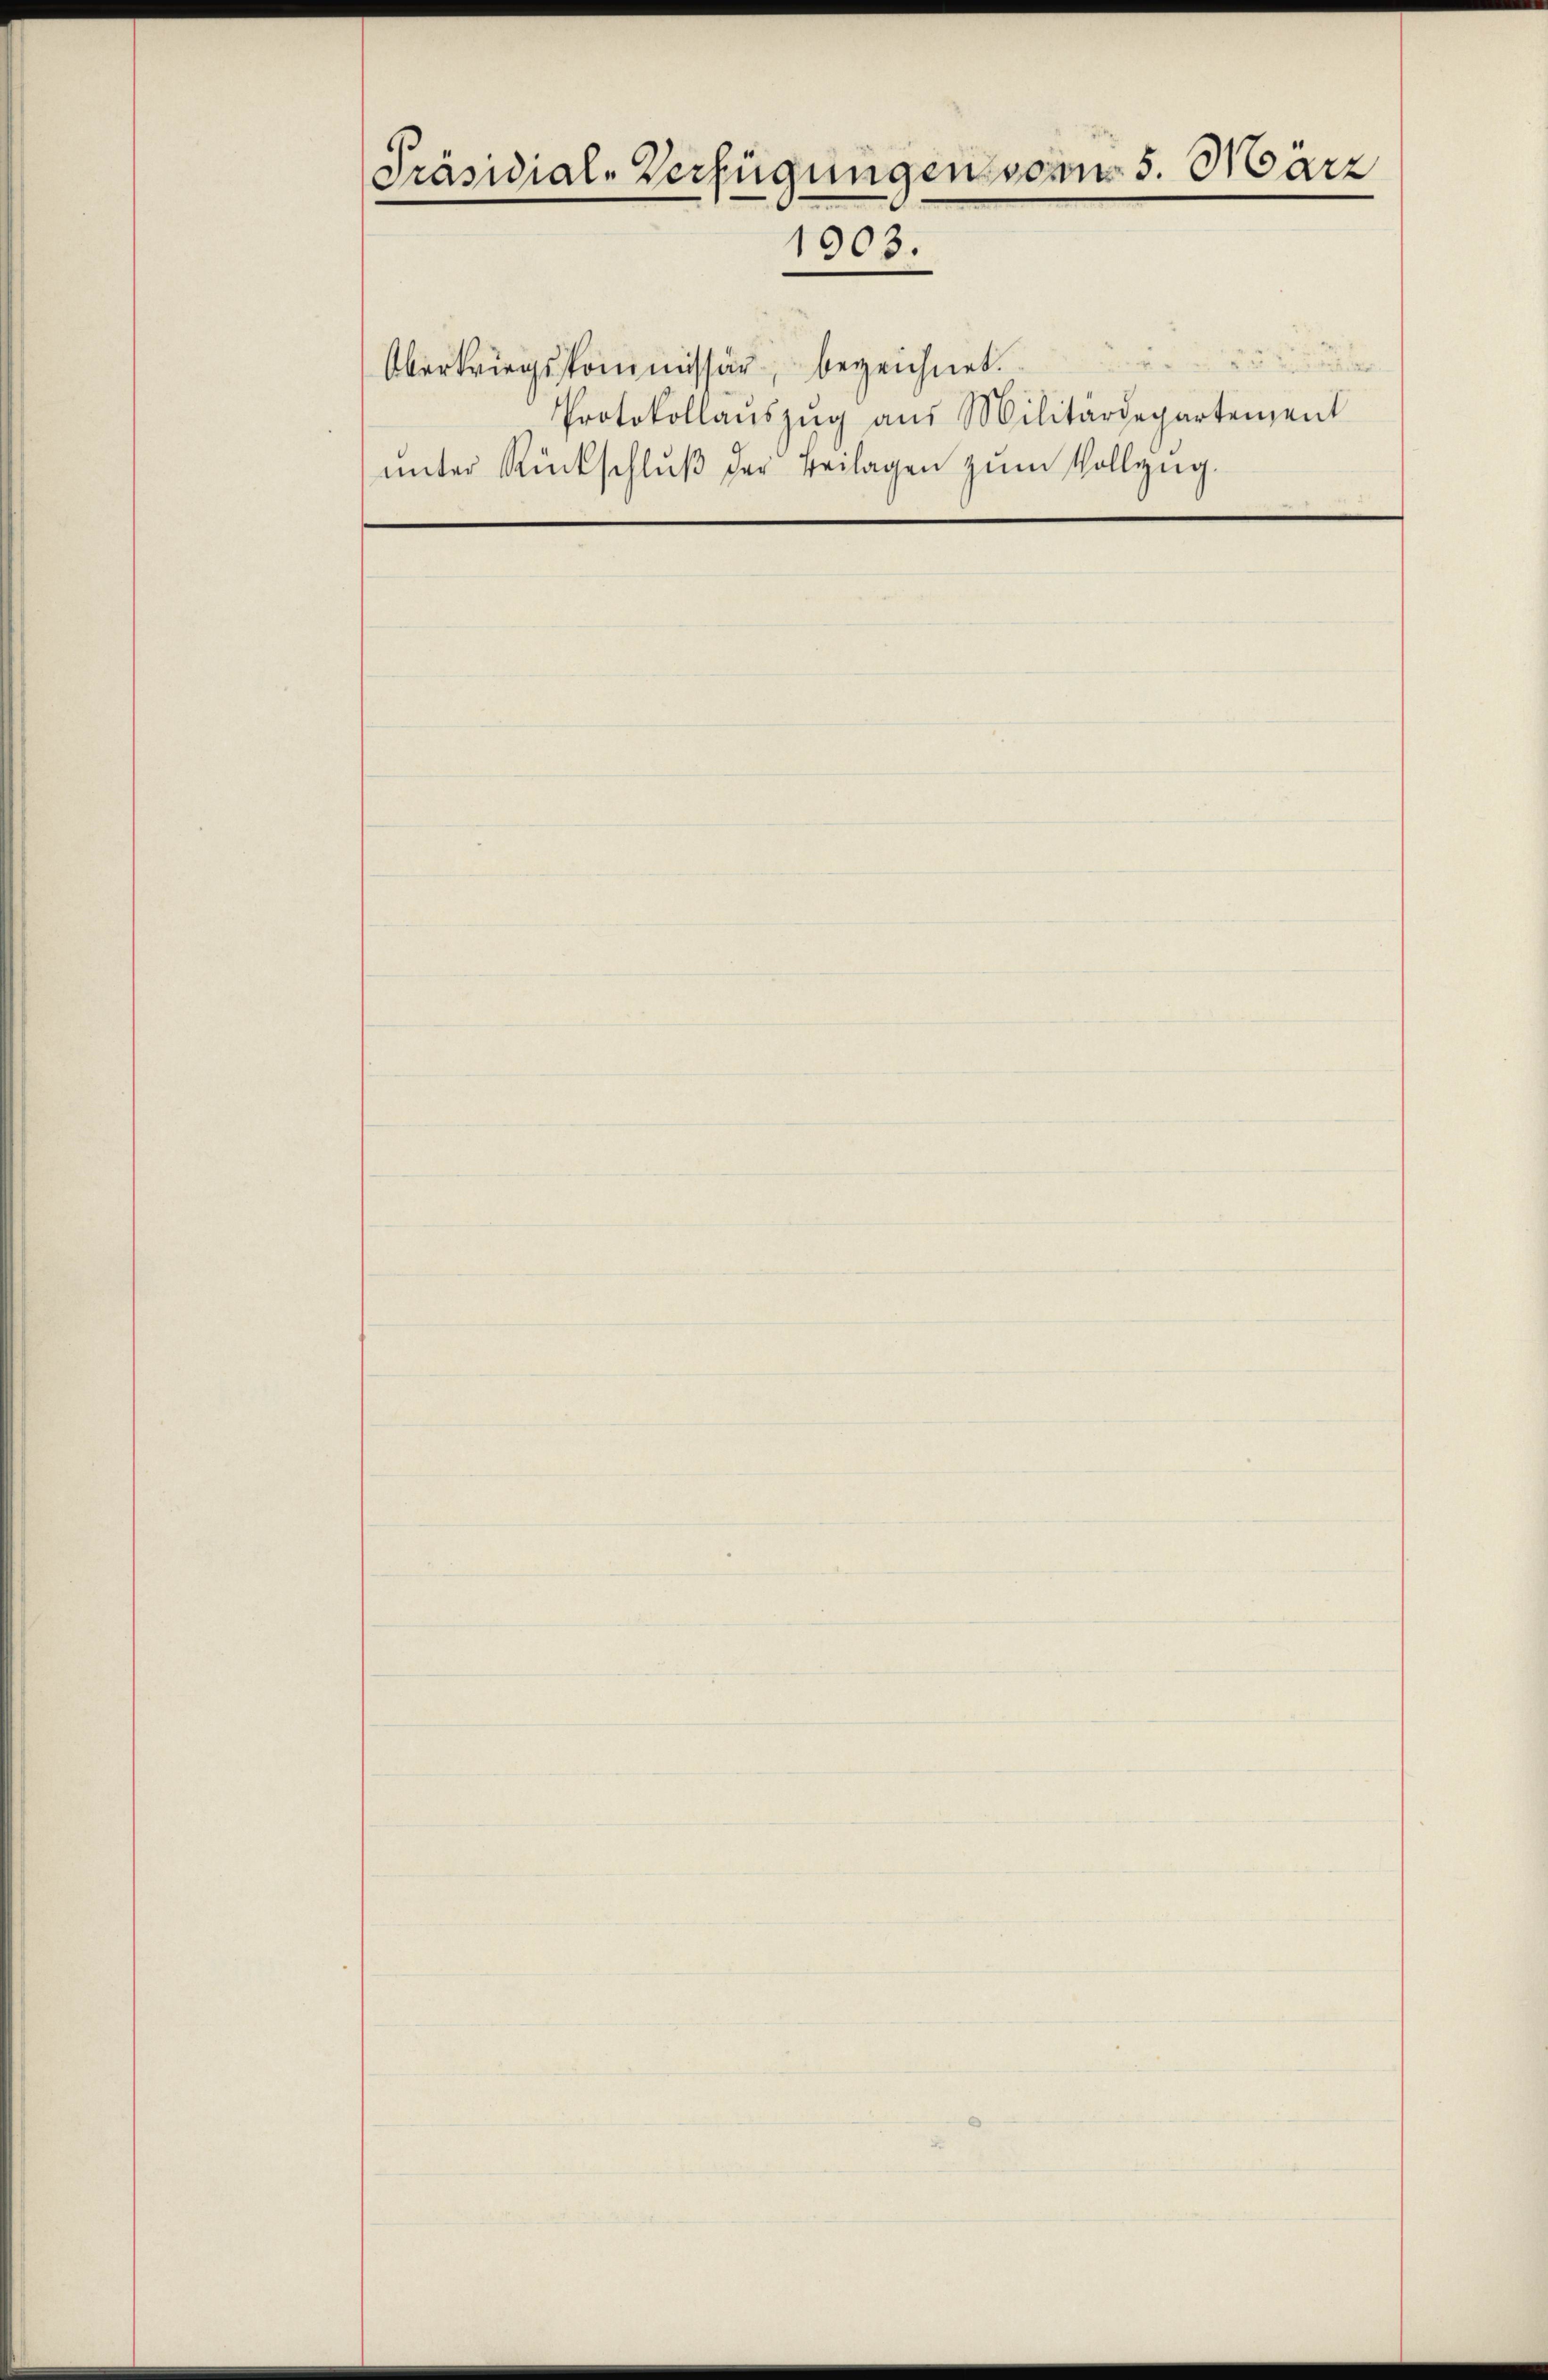
Präsidial-Verfügungen vom 5. März
1903.

Oberkriegskommissär, bezeichnet.
Protokollaŭszŭg aŭs Militärdepartement
ŭnter Rückschlŭβ der Beilagen zŭm Vollzug.

le